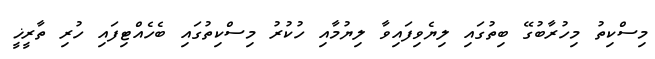
މިސްކިތު މިހުރާބުގޭ ބިތުގައި ލިޔެވިފައިވާ ލިޔުމާއި ހުކުރު މިސްކިތުގައި ބެހެއްޓިފައި ހުރި ތާރީޚީ